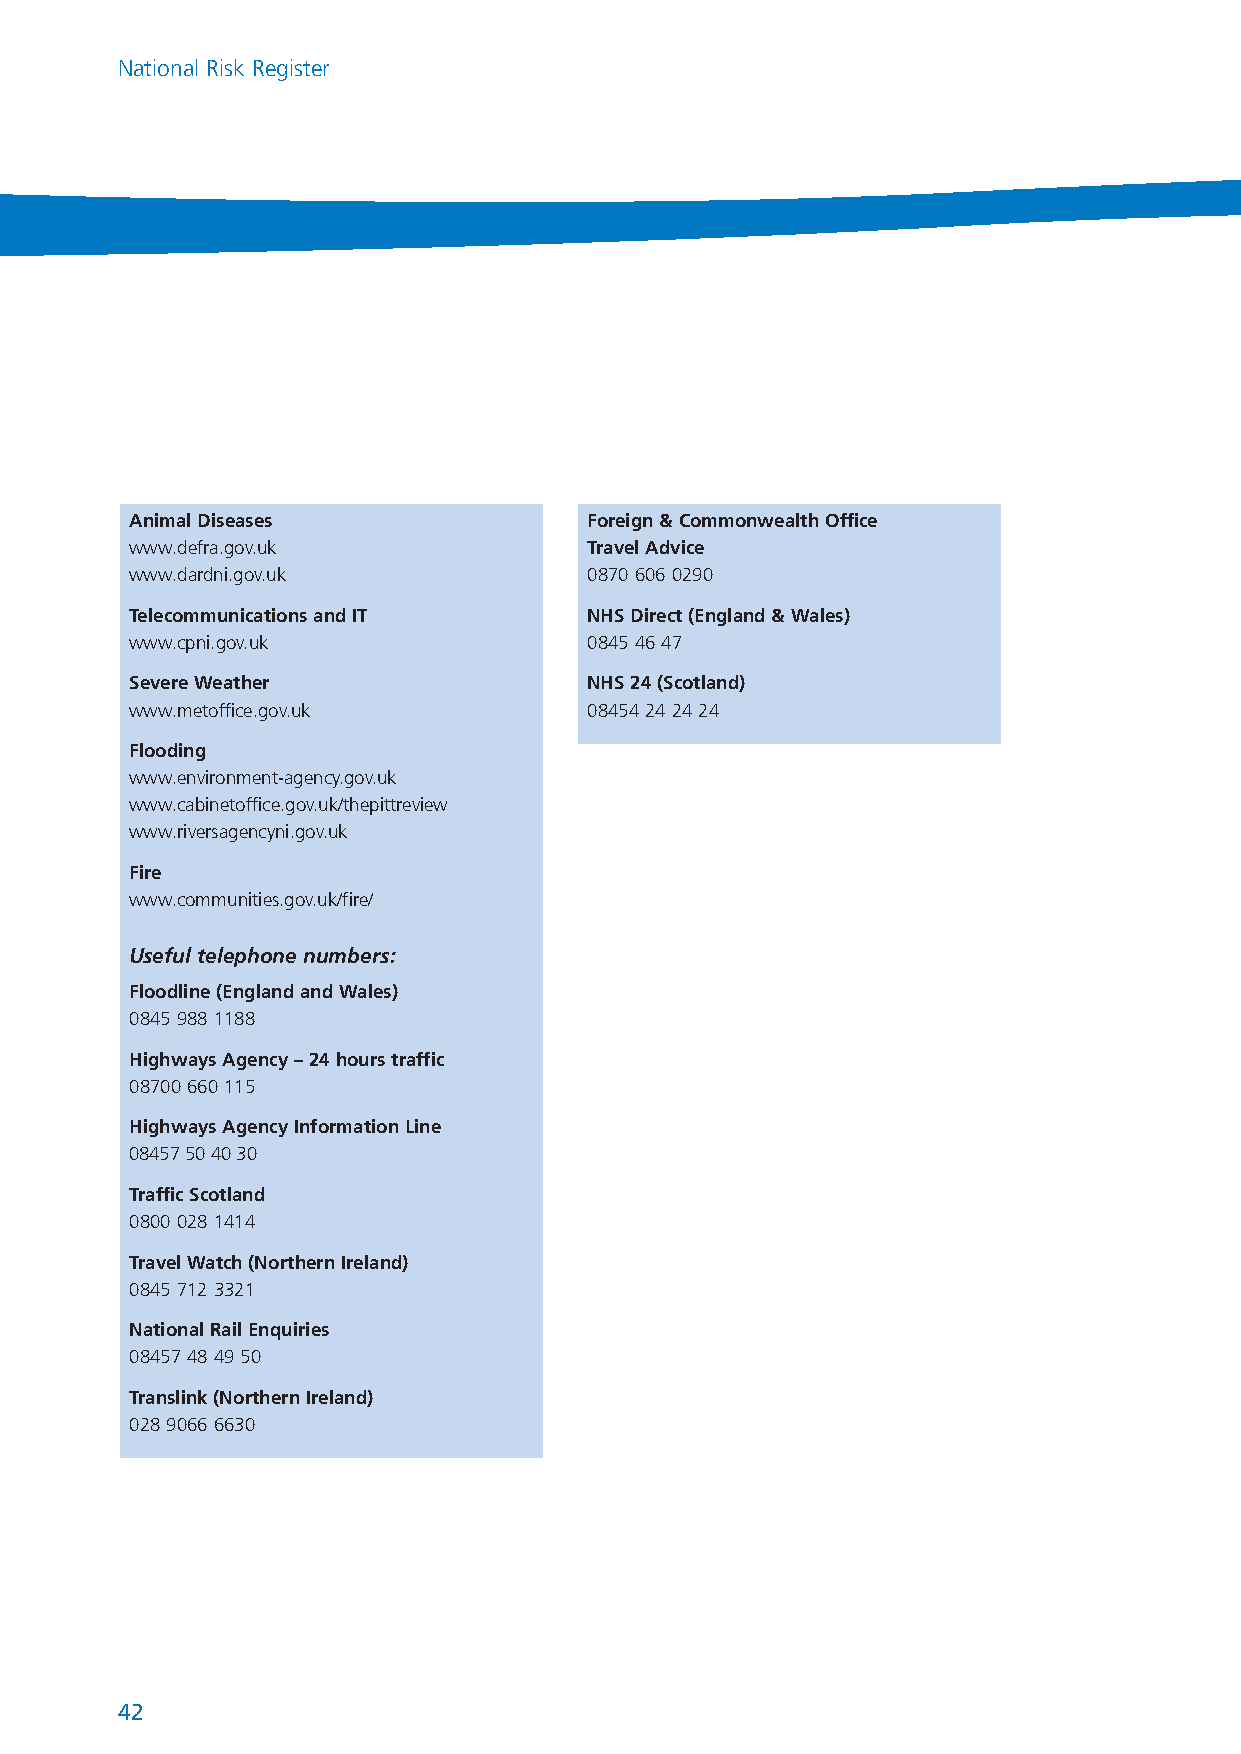
NationalRiskRegister_289116 17/7/08 2:22 pm Page 42
 National Risk Register
 Animal Diseases               Foreign & Commonwealth Office
 www.defra.gov.uk              Travel Advice
 www.dardni.gov.uk             0870 606 0290
 Telecommunications and IT     NHS Direct (England & Wales)
 www.cpni.gov.uk               0845 46 47
 Severe Weather                NHS 24 (Scotland)
 www.metoffice.gov.uk          08454 24 24 24
 Flooding
 www.environment-agency.gov.uk
 www.cabinetoffice.gov.uk/thepittreview
 www.riversagencyni.gov.uk
 Fire
 www.communities.gov.uk/fire/
 Useful telephone numbers:
 Floodline(England and Wales)
 0845 988 1188
 Highways Agency – 24 hours traffic
 08700 660 115
 Highways Agency Information Line
 08457 50 40 30
 Traffic Scotland
 0800 028 1414
 Travel Watch (Northern Ireland)
 0845 712 3321
 National Rail Enquiries
 08457 48 49 50
 Translink (Northern Ireland)
 028 9066 6630
 42